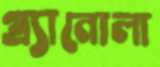
গ্র্যানোলা